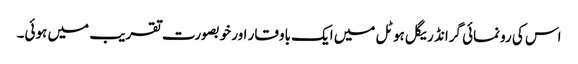
اس کی رونمائی گرانڈ ریگل ہوٹل میں ایک باوقار اور خوبصورت تقریب میں ہوئی۔